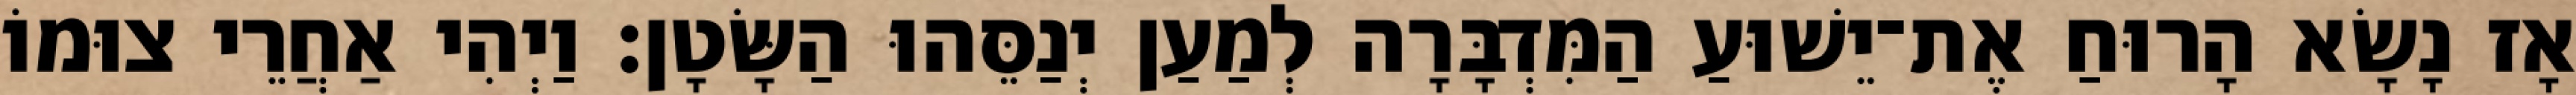
אָז נָשָׂא הָרוּחַ אֶת־יֵשׁוּעַ הַמִּדְבָּרָה לְמַעַן יְנַסֵּהוּ הַשָּׂטָן׃ וַיְהִי אַחֲרֵי צוּמוֹ